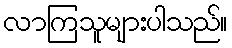
လာကြသူများပါသည်။